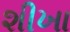
શીખા